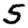
Digit: 5